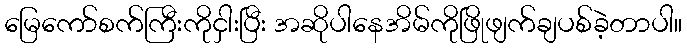
မြေကော်စက်ကြီးကိုငှါးပြီး အဆိုပါနေအိမ်ကိုဖြိုဖျက်ချပစ်ခဲ့တာပါ။